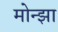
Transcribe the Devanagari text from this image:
मोन्झा